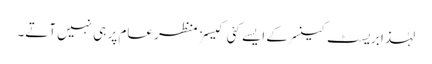
لہٰذا بریسٹ کینسر کے ایسے کئی کیسز منظر عام پر ہی نہیں آتے۔